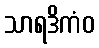
သာရဒိကံဝ